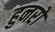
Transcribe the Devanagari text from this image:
हुनरों